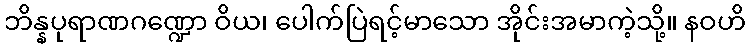
ဘိန္နပုရာဏဂဏ္ဍော ဝိယ၊ ပေါက်ပြဲရင့်မာသော အိုင်းအမာကဲ့သို့။ နဝဟိ